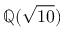
\mathbb { Q } ( { \sqrt { 1 0 } } )